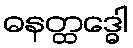
ဓနတ္ထဒ္ဓေါ